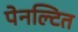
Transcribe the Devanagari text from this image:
पेनल्टित